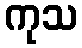
ကုသ